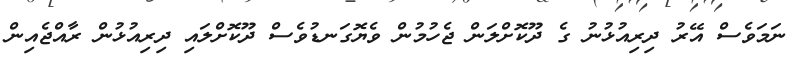
ނަމަވެސް އޭރު ދިރިއުޅުނު ގެ ދޫކޮށްލަން ޖެހުމުން ވެޔޮގަނޑުވެސް ދޫކޮށްލައި ދިރިއުޅުން ރާއްޖެއިން